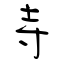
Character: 寺